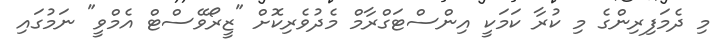
މި ދެމަފިރިންގެ މި ކުރާ ކަމަކީ އިންސްޓަގްރާމް މެދުވެރިކޮށް "ޒީރޯވޭސްޓް އެމްވީ" ނަމުގައި